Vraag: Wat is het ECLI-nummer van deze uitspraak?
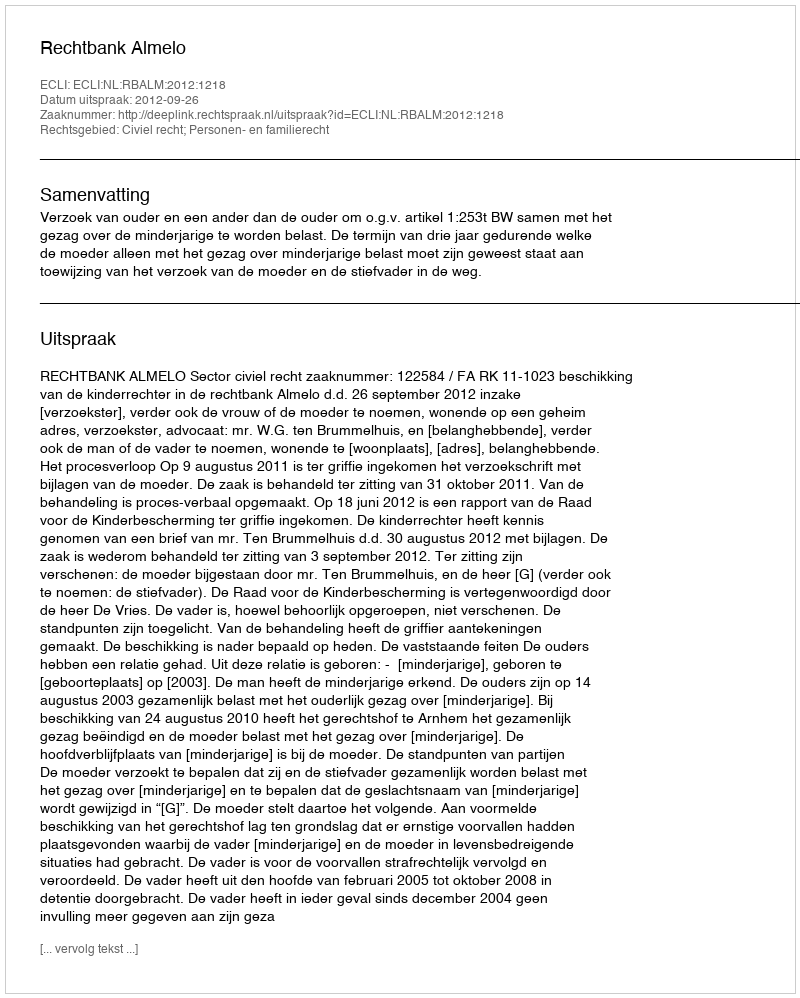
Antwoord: ECLI:NL:RBALM:2012:1218